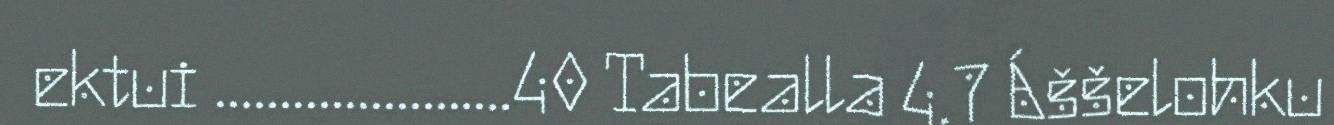
ektui .......................40 Tabealla 4.7 Áššelohku